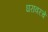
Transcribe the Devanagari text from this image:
घरावरचे